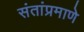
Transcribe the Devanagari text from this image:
संतांप्रमाणे